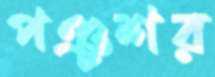
পঞ্চশর